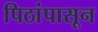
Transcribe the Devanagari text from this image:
पिठांपासून